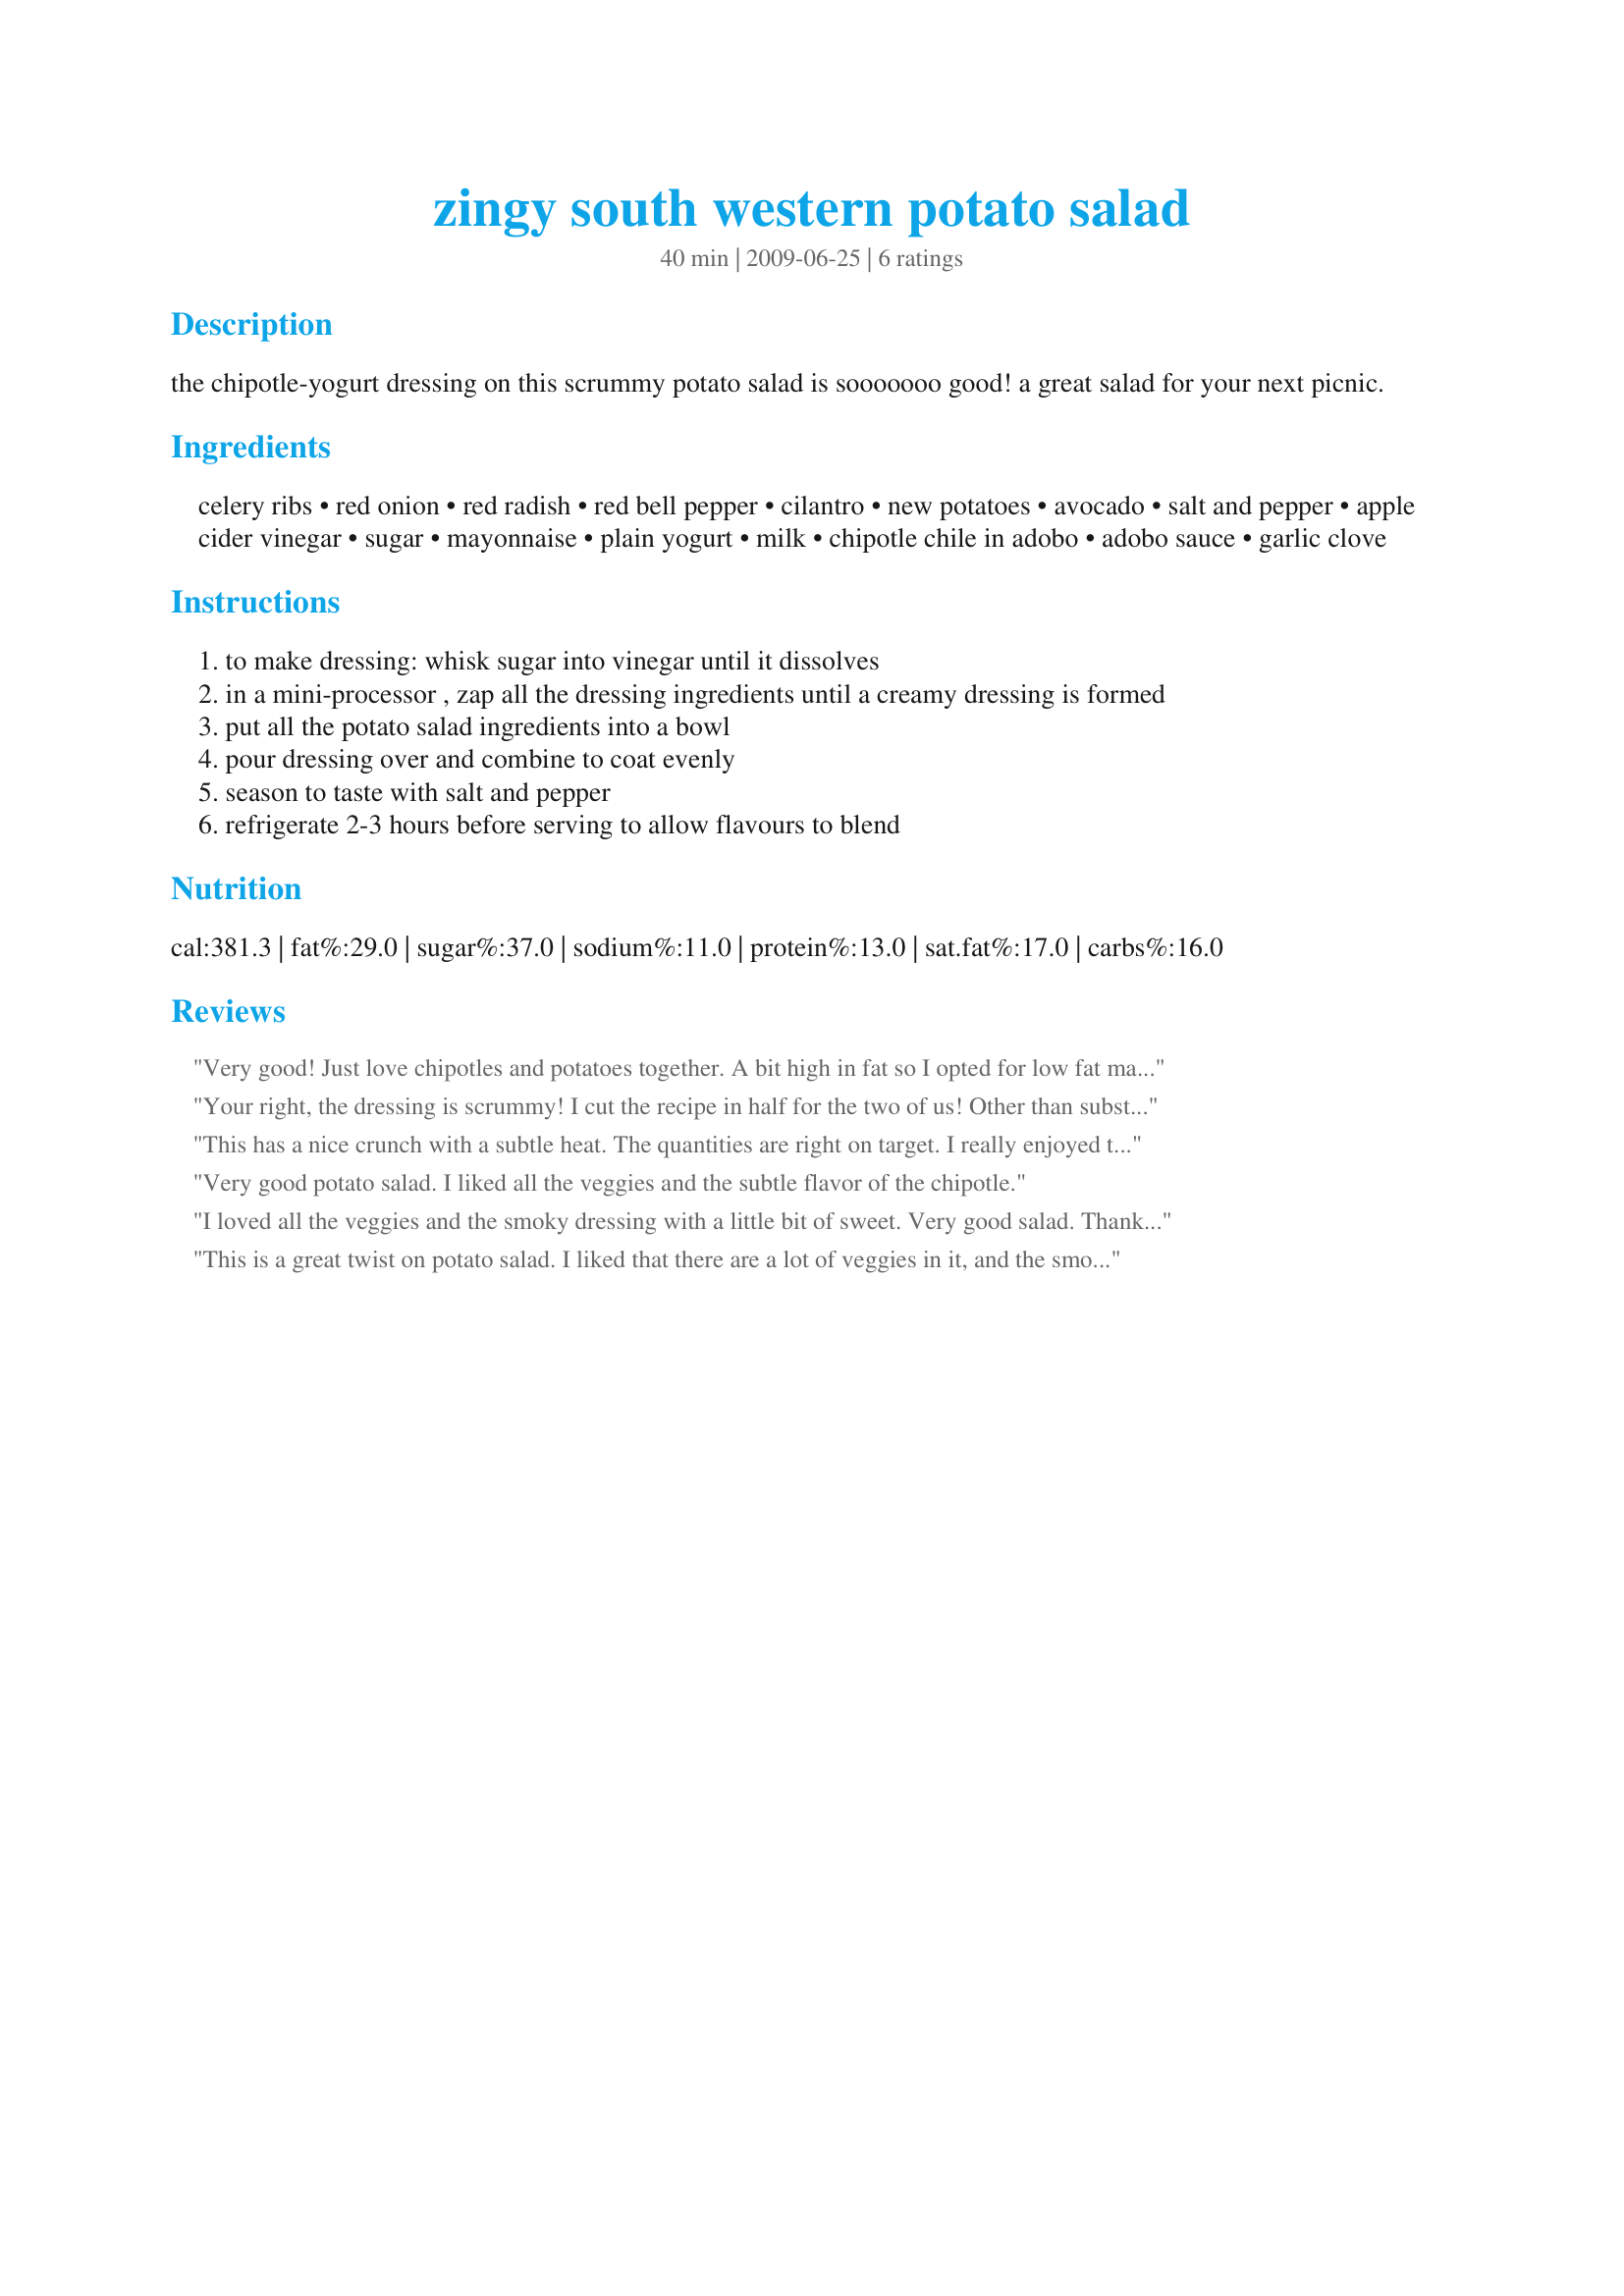
zingy south western potato salad
Preparation time: 40 minutes

the chipotle-yogurt dressing on this scrummy potato salad is sooooooo good! a great salad for your next picnic.

Ingredients:
celery ribs, red onion, red radish, red bell pepper, cilantro, new potatoes, avocado, salt and pepper, apple cider vinegar, sugar, mayonnaise, plain yogurt, milk, chipotle chile in adobo, adobo sauce, garlic clove

Steps:
to make dressing: whisk sugar into vinegar until it dissolves
in a mini-processor , zap all the dressing ingredients until a creamy dressing is formed
put all the potato salad ingredients into a bowl
pour dressing over and combine to coat evenly
season to taste with salt and pepper
refrigerate 2-3 hours before serving to allow flavours to blend

Reviews:
Very good! Just love chipotles and potatoes together. A bit high in fat so I opted for low fat mayo. This did make a lot of dressing creating a very creamy salad. Cut the dressing back and you`ll have less fat intake. The buttermilk is a must! With a slight adjustment with the dressing this would be 5 Stars! Thank you for a delish salad!
Your right, the dressing is scrummy! I cut the recipe in half for the two of us! Other than substituting an orange pepper for the red pepper, followed your recipe! Well, may have put in a little more adobo than the recipe, but hey we like'm spicy! The dressing was thin enough without adding milk.
This has a nice crunch with a subtle heat. The quantities are right on target. I really enjoyed that the dressing was a mix of mayo and yogurt making this a little healthier. I was a little concerned about the addition of avocado but it does work nicely. Good luck in the contest.
Very good potato salad. I liked all the veggies and the subtle flavor of the chipotle.
I loved all the veggies and the smoky dressing with a little bit of sweet. Very good salad. Thanks and good luck!
This is a great twist on potato salad. I liked that there are a lot of veggies in it, and the smokey flavor from the chipotle. I thought it ened up being just a tad to spicy.And the mayo and yogurt aren't exactly safe choices for a picnic salad. I will use these flavora again for a potato salad though!
